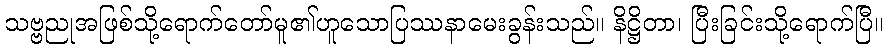
သဗ္ဗညုအဖြစ်သို့ရောက်တော်မူ၏ဟူသောပြဿနာမေးခွန်းသည်။ နိဋ္ဌိတာ၊ ပြီးခြင်းသို့ရောက်ပြီ။